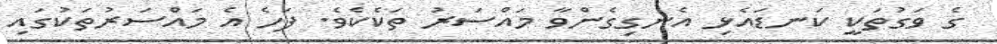
ގެ ވަގުތަކީ ކަނޑައެޅި އެނގިގެންވާ މައްސަރު ތަކެކެވެ. ފަހެ އެ މައްސަރުތަކުގައި